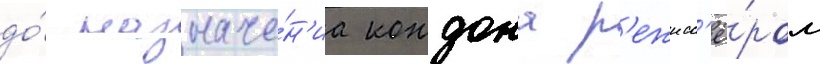
до́ назначе́н'иа кондона р'ежисс'ё́ром